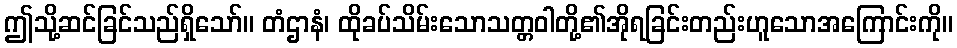
ဤသို့ဆင်ခြင်သည်ရှိသော်။ တံဌာနံ၊ ထိုခပ်သိမ်းသောသတ္တဝါတို့၏အိုရခြင်းတည်းဟူသောအကြောင်းကို။